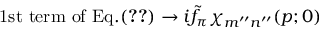
\mathrm { 1 s t ~ t e r m ~ o f ~ E q . } ( \ref { A E Q : H 0 9 1 0 0 7 : 1 6 } ) \to i \tilde { f } _ { \pi } \chi _ { m ^ { \prime \prime } n ^ { \prime \prime } } ( p ; 0 )